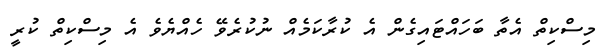
މިސްކިތް އެތާ ބަހައްޓައިގެން އެ ކުރާކަމެއް ނުކުރެވޭ ހެއްޔެވެ އެ މިސްކިތް ކުރީ